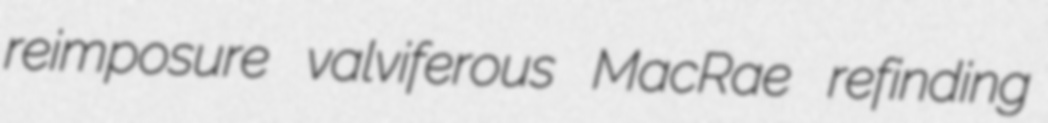
reimposure valviferous MacRae refinding